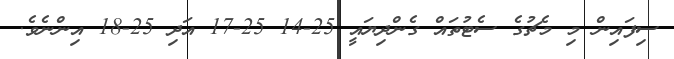
ސިފައިން މި މެޗުގެ ސެޓުތައް ގެންދިޔައީ 25-14 25-17 އަދި 25-18 އިންނެވެ.